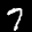
Label: 7